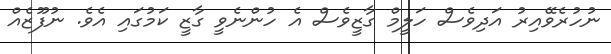
ނުހުރެވޭއިރު އަދިވެސް ހަލީމް ގާޒީވެސް އެ ހުންނެވީ ގާޒީ ކަމުގައި އެވެ. ނުފޫޒެއް